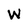
Character: W